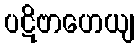
ပဋိဗာဟေယျ